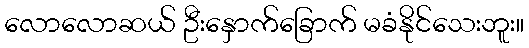
လောလောဆယ် ဦးနှောက်ခြောက် မခံနိုင်သေးဘူး။